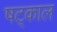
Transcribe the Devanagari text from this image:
षट्काल